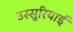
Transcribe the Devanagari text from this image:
उस्सुरियाई